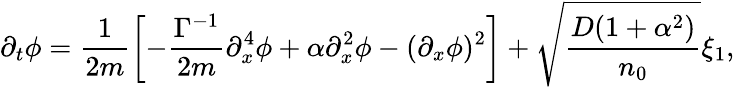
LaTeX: \partial_{{t}}{\phi}=\frac{1}{2m}\left[-\frac{\Gamma^{-1}}{2m}\partial_{{x}}^{4}{\phi}+\alpha\partial_{{x}}^{2}{\phi}-(\partial_{{x}}{\phi})^{2}\right]+\sqrt{\frac{D(1+\alpha^{2})}{n_{0}}}{\xi_{1}},